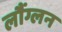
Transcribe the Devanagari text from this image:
लौंग्लन